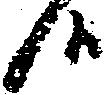
候